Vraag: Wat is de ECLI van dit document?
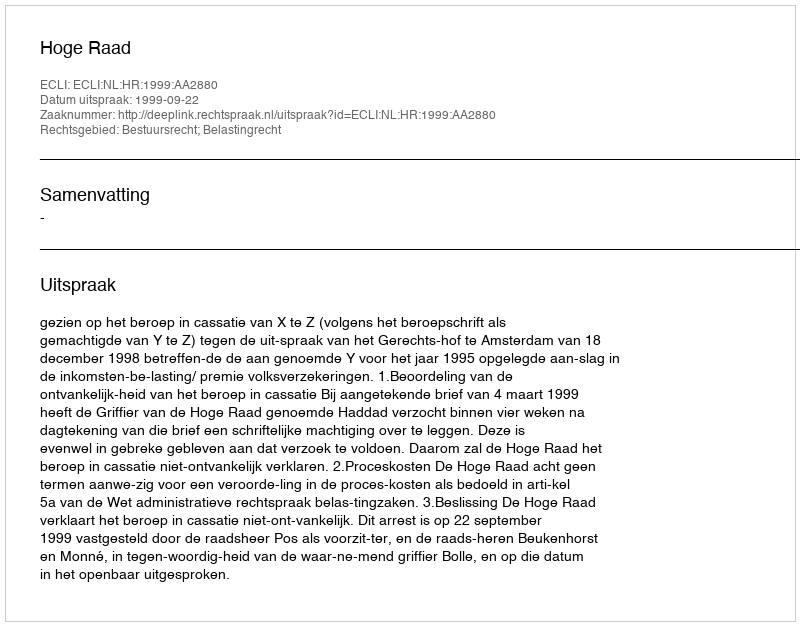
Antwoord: ECLI:NL:HR:1999:AA2880